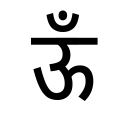
OCR:
ऊँ